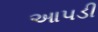
આપડી